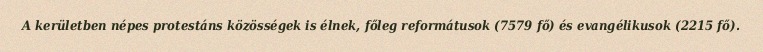
A kerületben népes protestáns közösségek is élnek, főleg reformátusok (7579 fő) és evangélikusok (2215 fő).